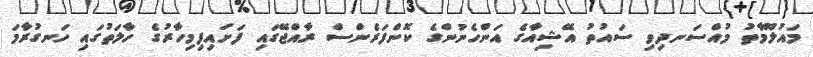
މައުލޫމާތު މުއްސަނދިވި ސައުތު އޭޝިއާގެ އަންހެނުންގެ ކޮންފަރެންސް ރާއްޖޭގައި ފަށައިފިމިހާރުގެ ހާލަތުގައި ހަނގުރާމަ